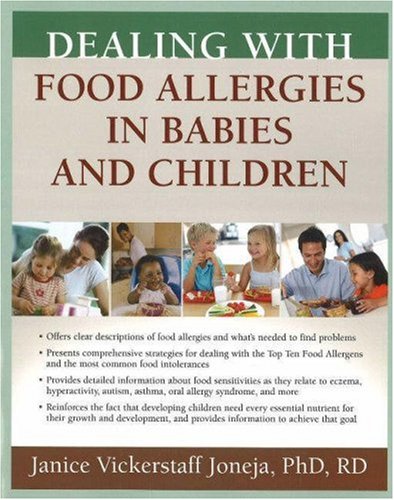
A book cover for Dealing with Food Allergies in Babies and Children; Janice Vickerstaff Joneja PhD  RD; Health, Fitness & Dieting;